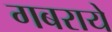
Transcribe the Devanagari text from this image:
गबराये